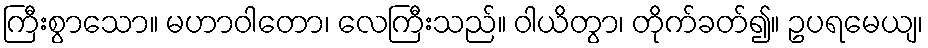
ကြီးစွာသော။ မဟာဝါတော၊ လေကြီးသည်။ ဝါယိတွာ၊ တိုက်ခတ်၍။ ဥပရမေယျ၊